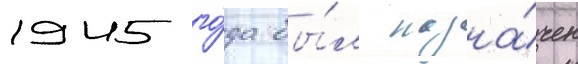
1945 го́да бы́л назна́чен